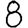
Digit: 8